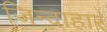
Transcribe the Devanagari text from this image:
जिन्दाहार